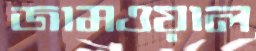
জামওয়াল